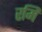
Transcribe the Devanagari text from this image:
रमि